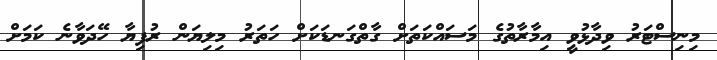
މިނިސްޓަރު ވިދާޅުވީ އިމާރާތުގެ މަސައްކަތަށް ގާތްގަނޑަކަށް ހަތަރު މިލިޔަން ރުފިޔާ ހޭދަވާނެ ކަމަށް